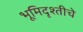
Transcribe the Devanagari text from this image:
भूमिदृश्तीचे